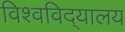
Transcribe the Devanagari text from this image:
विश्वविद्‌यालय